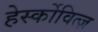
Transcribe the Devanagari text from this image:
हेर्स्कोवित्ज़